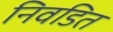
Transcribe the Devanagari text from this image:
निवडित